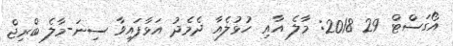
އޯގަސްޓް 29 2018: މާލެ އާއި ހުޅުލެއާ ދެމެދު އަޅާފައިވާ ސިނަ-މާލެ ބްރިޖް